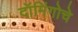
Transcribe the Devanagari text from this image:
दॉमिंगोचे